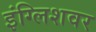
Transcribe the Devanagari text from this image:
इंग्लिशवर